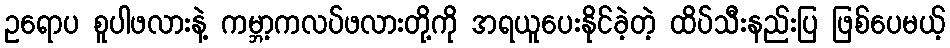
ဥရောပ စူပါဖလားနဲ့ ကမ္ဘာ့ကလပ်ဖလားတို့ကို အရယူပေးနိုင်ခဲ့တဲ့ ထိပ်သီးနည်းပြ ဖြစ်ပေမယ့်